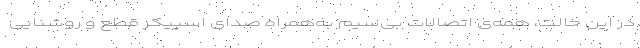
در این حالت، همه‌ی اتصالات بی‌سیم به‌همراه صدای اسپیکر قطع‌ و روشنایی